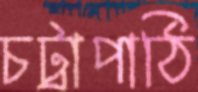
চট্রাপাঠি